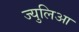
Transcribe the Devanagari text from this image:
ज्युलिआ